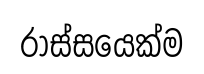
රාස්සයෙක්ම